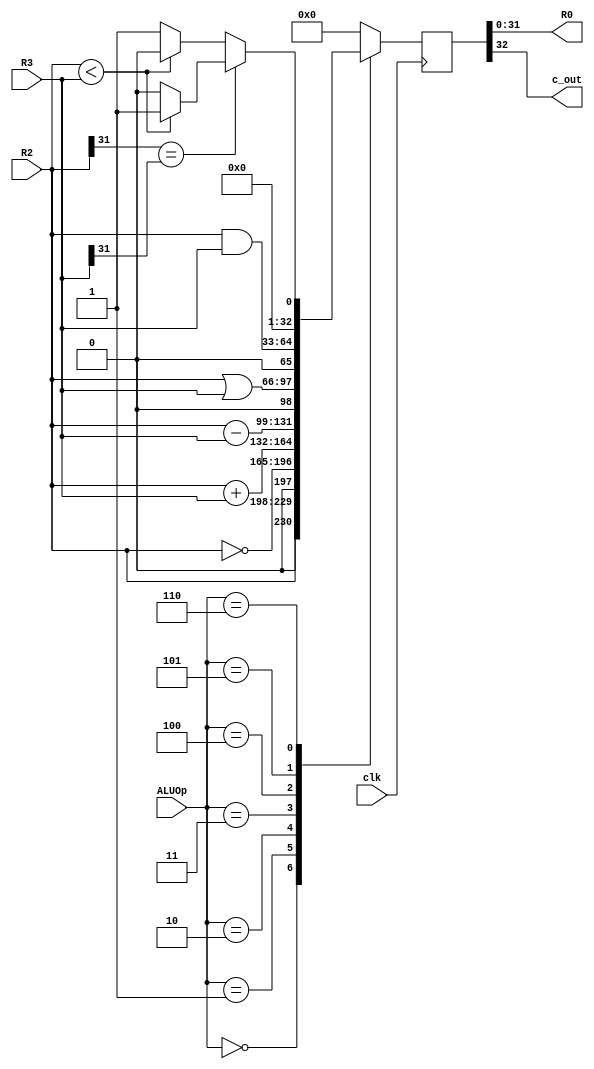
module Verification_ALU(output [W-1:0] R0,
			  output c_out,
			  input [2:0] ALUOp,
			  input [W-1:0] R2,
			  input [W-1:0] R3,
			  input clk);
			  
	parameter W = 32;
	
	reg [W:0] tmp_out;
	
	assign R0 = tmp_out[W-1:0];
	assign c_out = tmp_out[W];
	
	always@(posedge clk)
	begin
		case (ALUOp)
		3'd0	:	tmp_out <= {1'b0, R2};
		3'd1	:	tmp_out <= {1'b0, ~R2};
		3'd2	:	tmp_out <= R2 + R3;
		3'd3	:	tmp_out <= R2 - R3;
		3'd4	:	tmp_out <= {1'b0, R2 | R3};
		3'd5	:	tmp_out <= {1'b0, R2 & R3};
	 	3'd6	:	tmp_out <= {1'b0, (R2[W-1] == R3[W-1]) ? ((R2 < R3) ? 1 : 0) : ((R2 < R3) ? 0 : 1)};
		default :	tmp_out <= 0;
		endcase
	end


endmodule